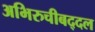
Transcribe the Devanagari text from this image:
अभिरुचीबद्दल